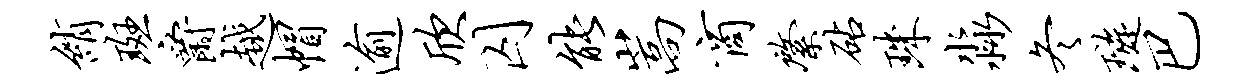
绡斑爵越帽逾欣囚能嵩商綮砧珠淼冬璇巴